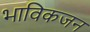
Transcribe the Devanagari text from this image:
भाविकजन